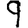
Digit: 9